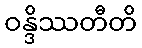
ဝန္ဒိဿတီတိ